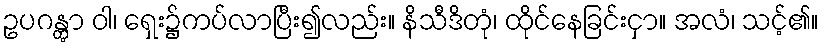
ဥပဂန္တွာ ဝါ၊ ရှေး၌ကပ်လာပြီး၍လည်း။ နိသီဒိတုံ၊ ထိုင်နေခြင်းငှာ။ အလံ၊ သင့်၏။